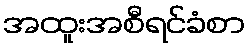
အထူးအစီရင်ခံစာ